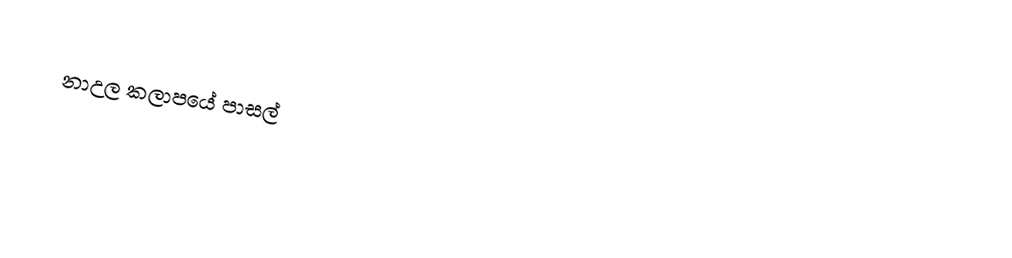
නාඋල කලාපයේ පාසල්